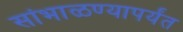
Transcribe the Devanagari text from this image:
सांभाळण्यापर्यंत